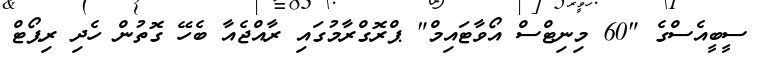
ސީބީއެސްގެ "60 މިނިޓްސް އޯވާޓައިމް" ޕްރޮގްރާމުގައި ރާއްޖެއާ ބެހޭ ގޮތުން ހެދި ރިޕޯޓް